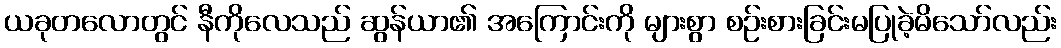
ယခုတလောတွင် နီကိုလေသည် ဆွန်ယာ၏ အကြောင်းကို များစွာ စဉ်းစားခြင်းမပြုခဲ့မိသော်လည်း